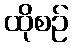
ထိုစဉ်